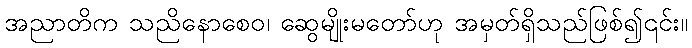
အညာတိက သညိနောစေဝ၊ ဆွေမျိုးမတော်ဟု အမှတ်ရှိသည်ဖြစ်၍၎င်း။